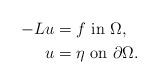
LaTeX: \begin{align*}-L u & = f \,\,\mbox{in}\,\, \Omega, \\u & = \eta \,\,\mbox{on}\,\, \partial\Omega. \end{align*}